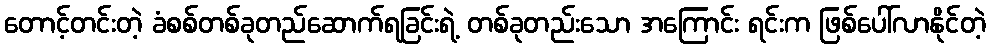
တောင့်တင်းတဲ့ ခံစစ်တစ်ခုတည်ဆောက်ရခြင်းရဲ့ တစ်ခုတည်းသော အကြောင်း ရင်းက ဖြစ်ပေါ်လာနိုင်တဲ့